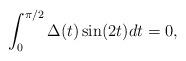
LaTeX: \begin{align*}\int_0^{\pi/2} \Delta(t) \sin(2t)dt=0,\end{align*}